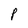
Character: p